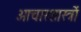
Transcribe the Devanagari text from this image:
आचारशास्त्रों